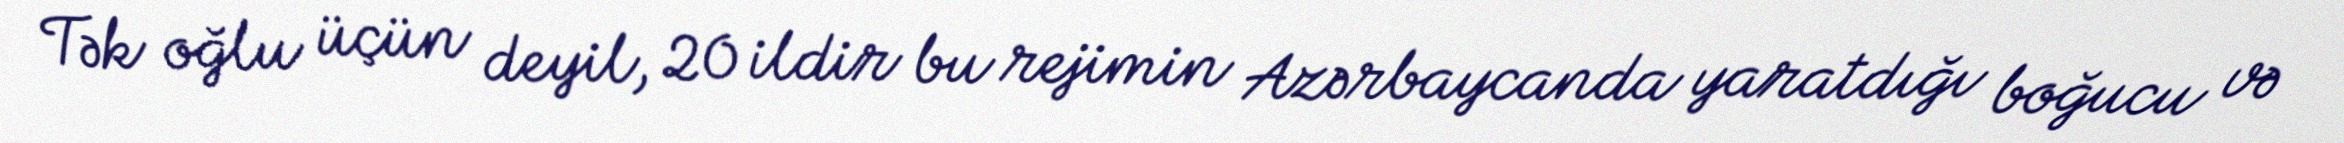
Tək oğlu üçün deyil, 20 ildir bu rejimin Azərbaycanda yaratdığı boğucu və